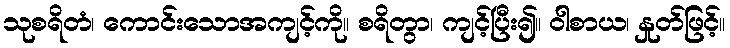
သုစရိတံ၊ ကောင်းသောအကျင့်ကို။ စရိတွာ၊ ကျင့်ပြီး၍။ ဝါစာယ၊ နှုတ်ဖြင့်။